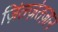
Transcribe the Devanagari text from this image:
ज़िंतज़ंतज़ान